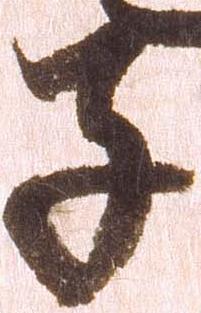
子